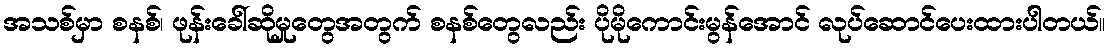
အသစ်မှာ စနစ်၊ ဖုန်းခေါ်ဆိုမှုတွေအတွက် စနစ်တွေလည်း ပိုမိုကောင်းမွန်အောင် လုပ်ဆောင်ပေးထားပါတယ်။